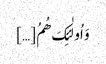
وَ اُولٰئِکَ ھُمُ […]